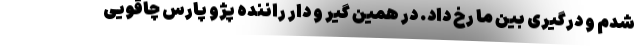
شدم و درگیری بین ما رخ داد. در همین گیر و دار راننده پژو پارس چاقویی